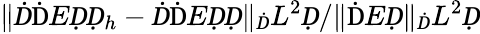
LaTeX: \| Ḋ\mathrm ḊEḌḌ_{h}-Ḋ\mathrm ḊEḌḌ\| _{Ḋ}L^{2}Ḍ/\| \mathrm ḊEḌ\| _{Ḋ}L^{2}Ḍ